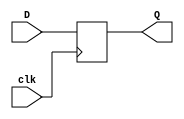
module dff(input D,clk,output reg Q);
always@(posedge clk)
Q=D;
endmodule